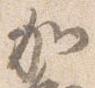
加